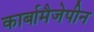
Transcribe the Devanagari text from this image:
कार्बामैजेपीन